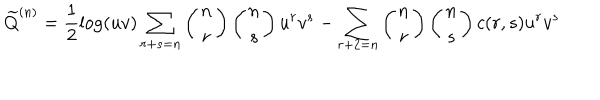
{ \widetilde Q } ^ { ( n ) } = \frac { 1 } { 2 } \log ( u v ) \sum _ { r + s = n } \left( \begin{matrix} { { n } } \\ { { r } } \\ \end{matrix} \right) \left( \begin{matrix} { { n } } \\ { { s } } \\ \end{matrix} \right) u ^ { r } v ^ { s } - \sum _ { r + 2 = n } \left( \begin{matrix} { { n } } \\ { { r } } \\ \end{matrix} \right) \left( \begin{matrix} { { n } } \\ { { s } } \\ \end{matrix} \right) c ( r , s ) u ^ { r } v ^ { s }